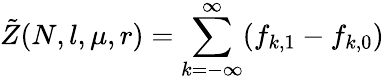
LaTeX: \tilde{Z}(N,l,\mu,r)=\sum_{k=-\infty}^{\infty}(f_{k,1}-f_{k,0})